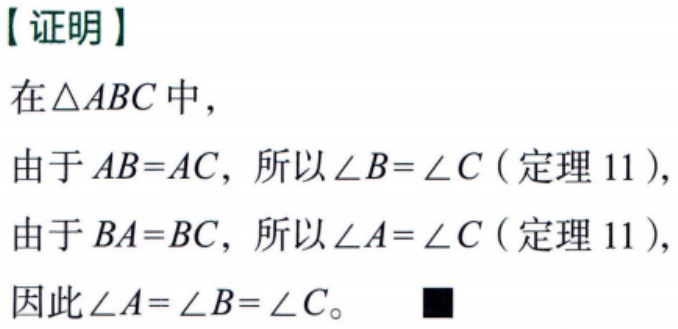
【证明】

在\(\triangle ABC\)中，

由于\(AB = AC\)，所以\(\angle B=\angle C\)（定理 11），

由于\(BA = BC\)，所以\(\angle A=\angle C\)（定理 11），

因此\(\angle A=\angle B=\angle C\)。